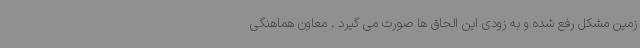
زمین مشکل رفع شده و به زودی این الحاق ها صورت می گیرد . معاون هماهنگی